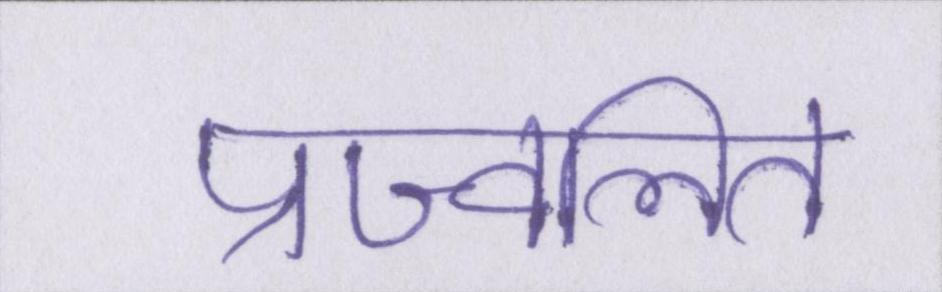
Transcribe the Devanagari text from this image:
प्रज्वलित